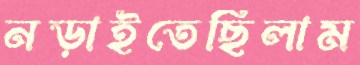
নড়াইতেছিলাম